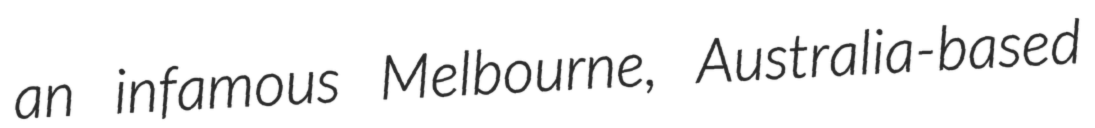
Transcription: an infamous Melbourne, Australia-based